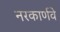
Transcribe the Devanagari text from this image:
नरकार्णवे